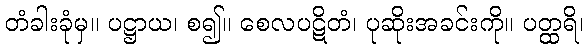
တံခါးခုံမှ။ ပဋ္ဌာယ၊ စ၍။ စေလပဋိတံ၊ ပုဆိုးအခင်းကို။ ပတ္ထရိ၊